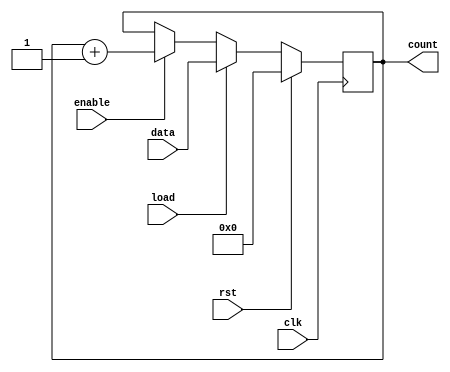
module synchronous_load_counter #(
    parameter N = 8  // Parameter for the bit-width of the counter
)(
    input wire clk,         // Clock signal
    input wire rst,         // Reset signal (active high)
    input wire load,        // Load signal
    input wire [N-1:0] data,// Data input for loading
    input wire enable,      // Enable signal
    output reg [N-1:0] count // Count output
);

// Synchronous process for counter operation
always @(posedge clk) begin
    if (rst) begin
        // Reset the counter to zero
        count <= 0;
    end else if (load) begin
        // Load the specified value into the counter
        count <= data;
    end else if (enable) begin
        // Increment the counter if enabled
        count <= count + 1;
    end
end

endmodule